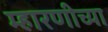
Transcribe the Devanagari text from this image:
म्हारणीच्या